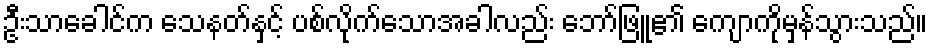
ဦးသာခေါင်က သေနတ်နှင့် ပစ်လိုက်သောအခါလည်း ဘော်ဖြူ၏ ကျောကိုမှန်သွားသည်။